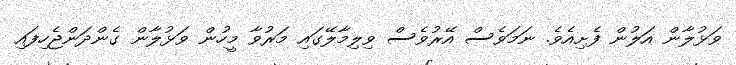
ވަޅުލާން އަލުން ފެށިއެވެ. ނަމަވެސް އޭރުވެސް ވިލިމާލޭގައި މަރުވާ މީހުން ވަޅުލާން ގެންދަންޖެހިފައި